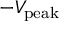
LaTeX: - V _ { \mathrm { p e a k } }